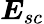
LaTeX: \boldsymbol{E}_{sc}